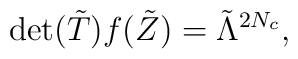
{\rm det}({\tilde T})f({\tilde Z}) = {\tilde \Lambda}^{2N_c},